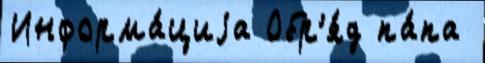
Информа́циjа Обр'я́д па́па